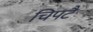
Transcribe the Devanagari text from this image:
चिपटै